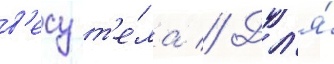
в'есу т'е́ла // Дл'я́